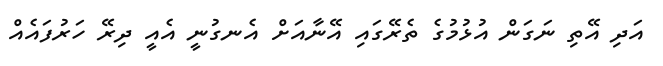
އަދި އޭތި ނަގަން އުޅުމުގެ ތެރޭގައި އޭނާއަށް އެނގުނީ އެއީ ދިރޭ ހަރުފައެއް